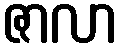
ဇာလာ